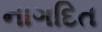
નાગદિત